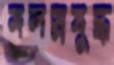
মলস্নযুদ্ধ